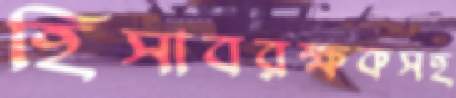
হিসাবরক্ষকসহ